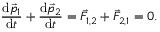
{ \frac { \mathrm { d } { \vec { p } } _ { 1 } } { \mathrm { d } t } } + { \frac { \mathrm { d } { \vec { p } } _ { 2 } } { \mathrm { d } t } } = { \vec { F } } _ { 1 , 2 } + { \vec { F } } _ { 2 , 1 } = 0 .